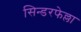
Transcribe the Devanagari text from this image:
सिन्डरफेल्ला